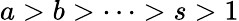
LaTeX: a>b>\dots>s>1